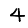
Digit: 4